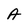
Character: A